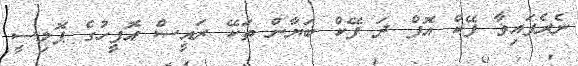
ނެރެފައިވާ ފޭކް އޮފް ދަ ފޭކް ބަޔާން ތަކޭ ރައީސް އޮފީހުގެ ޕޮލިސީ